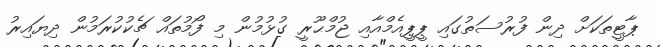
ޕާޓީތަކަށް ދިން ފުރުސަތުގައި ޕީޕީއެމްއާއި ޖުމްޙޫރީ ގުޅުމުން މި ފޯމުތައް ޗެކުކުރަމުން ދިޔައިރު